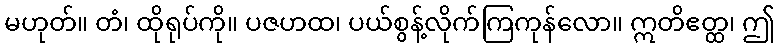
မဟုတ်။ တံ၊ ထိုရုပ်ကို။ ပဇဟထ၊ ပယ်စွန့်လိုက်ကြကုန်လော။ ဣတိဧတ္ထ၊ ဤ